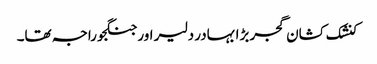
کنشک کشان گجر بڑا بہادر دلیر اور جنگجو راجہ تھا۔